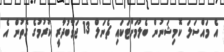
އެ މައްސަލަ ކޮމިޝަނުން ބެލުމަށްޓަކައި ޗެނަލް 13 ޖަވާބުދާރީ ކުރުމުގެ ގޮތުން އެ